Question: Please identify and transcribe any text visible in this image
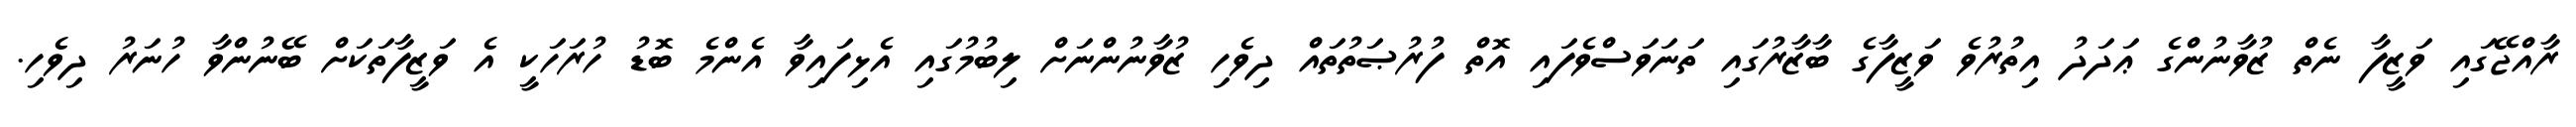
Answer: ރާއްޖޭގައި ވަޒީފާ ނެތް ޒުވާނުންގެ ޢަދަދު އިތުރުވެ ވަޒީފާގެ ބާޒާރުގައި ތަނަވަސްވެފައި އޮތް ފުރުޞަތުތައް ދިވެހި ޒުވާނުންނަށް ލިބުމުގައި އެޅިފައިވާ އެންމެ ބޮޑު ހުރަހަކީ އެ ވަޒީފާތަކަށް ބޭނުންވާ ހުނަރު ދިވެހި.